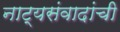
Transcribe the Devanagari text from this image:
नाट्यसंवादांची